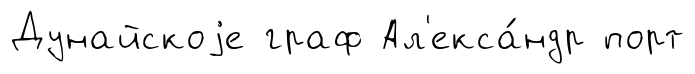
Дунайскоjе граф Ал'екса́ндр порт